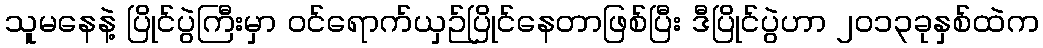
သူမနေနဲ့ ပြိုင်ပွဲကြီးမှာ ဝင်ရောက်ယှဉ်ပြိုင်နေတာဖြစ်ပြီး ဒီပြိုင်ပွဲဟာ ၂၀၁၃ခုနှစ်ထဲက